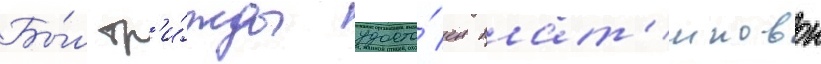
Бы́л тр'и́жды удосто́ен плат'иновои